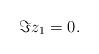
LaTeX: \begin{align*}\Im z_1 = 0 .\end{align*}